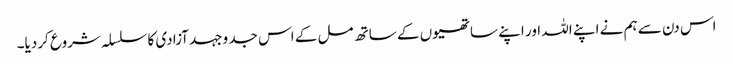
اس دن سے ہم نے اپنے اللہ اور اپنے ساتھیوں کے ساتھ مل کے اس جد وجہد آزادی کا سلسلہ شروع کردیا۔